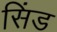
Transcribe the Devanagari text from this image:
सिंड